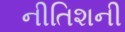
નીતિશની